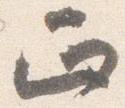
正